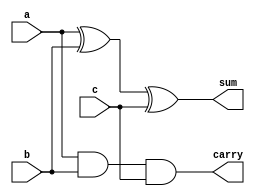
`timescale 1ns / 1ps
//////////////////////////////////////////////////////////////////////////////////
// Company: 
// Engineer: 
// 
// Design Name: 
// Module Name: full_adder
// Project Name: 
// Target Devices: 
// Tool Versions: 
// Description: 
// 
// Dependencies: 
// 
// Revision:
// Revision 0.01 - File Created
// Additional Comments:
// 
//////////////////////////////////////////////////////////////////////////////////


//Implementaion of Full ADDER by using Data Flow Modelling

module full_adder(a,b,c,sum,carry);
input a,b,c;
output sum,carry;

assign sum=a^b^c;
assign carry=a&b&c;

endmodule


//Implementaion of Full ADDER by using gate level Modelling

module FA_gate(a,b,c,sum,cout);
input a,b,c;
output sum,cout;

wire c1,c2,c3,out1;

xor x1(c1,a,b);
xor x2(sum,a,b);
and a1(c1,a,b);
and a2(c2,w1,c);
or  o1(cout,c2,c1);


endmodule

//Implementaion of Full ADDER by using Behavioural Modelling


module FA_bhv(a,b,c,sum,cout);
input a,b,c;
output reg sum,cout;

always@(*)
begin
//FA input for sum
case ({a,b,c})
3'b000: sum=0;
3'b001: sum=1;
3'b010: sum=1;
3'b011: sum=0;
3'b100: sum=1;
3'b101: sum=0;
3'b110: sum=0;
3'b111: sum=1;
default: sum=0;
endcase

// Full Adder carry 
case ({a,b,c})
3'b000: cout=0;
3'b001: cout=0;
3'b010: cout=0;
3'b011: cout=1;
3'b100: cout=0;
3'b101: cout=1;
3'b110: cout=1;
3'b111: cout=1;
default: cout=0;
endcase
end

endmodule